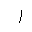
Letter: _alif